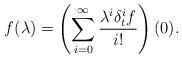
LaTeX: \begin{align*}f(\lambda)=\left(\sum_{i=0}^{\infty} \frac{\lambda^i\delta_t^i f}{i!}\right)(0).\end{align*}